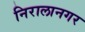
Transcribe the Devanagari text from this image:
निरालानगर